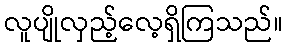
လူပျိုလှည့်လေ့ရှိကြသည်။